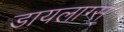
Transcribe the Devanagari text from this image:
डायलाग्स्